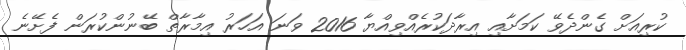
ކުރިއަށް ގެންދެވޭ ކަމަށާއި އިރާދަކުރެއްވިއްޔާ 2016 ވަނަ އަހަރު އިމާރާތް ބޭނުންކުރަން ފެށޭނެ